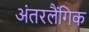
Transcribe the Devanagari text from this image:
अंतरलैंगिक